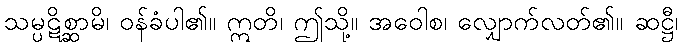
သမ္ပဋိစ္ဆာမိ၊ ဝန်ခံပါ၏။ ဣတိ၊ ဤသို့။ အဝေါစ၊ လျှောက်လတ်၏။ ဆဋ္ဌီ၊